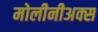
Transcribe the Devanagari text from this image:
मोलीनीअक्स